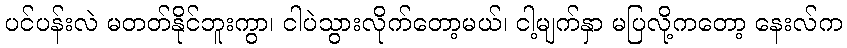
ပင်ပန်းလဲ မတတ်နိုင်ဘူးကွာ၊ ငါပဲသွားလိုက်တော့မယ်၊ ငါ့မျက်နှာ မပြလို့ကတော့ နေးလ်က